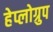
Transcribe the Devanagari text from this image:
हेप्लोग्रुप